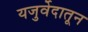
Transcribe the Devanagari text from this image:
यजुर्वेदातून